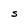
Character: S